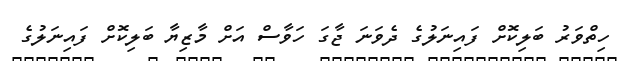
ހިތްވަރު ބަލިކޮށް ފައިނަލުގެ ދެވަނަ ޖާގަ ހަވާސް އަށް މާޒިޔާ ބަލިކޮށް ފަައިނަލުގެ